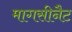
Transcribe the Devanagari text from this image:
मागसीनैट